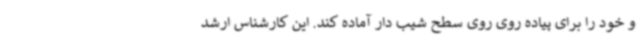
و خود را برای پیاده روی روی سطح شیب دار آماده کند. این کارشناس ارشد